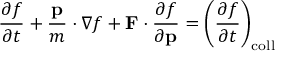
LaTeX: { \frac { \partial f } { \partial t } } + { \frac { \mathbf { p } } { m } } \cdot \nabla f + \mathbf { F } \cdot { \frac { \partial f } { \partial \mathbf { p } } } = \left( { \frac { \partial f } { \partial t } } \right) _ { \mathrm { c o l l } }